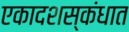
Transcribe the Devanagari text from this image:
एकादशस्‍कंधात